Bréfritari: Þórunn Pálsdóttir
Viðtakandi: Páll Pálsson
Dagsetning: A-1831-01-08
Skrifað á: Kirkjubæ  N-Múl.
Páll var bróðir Þórunnar

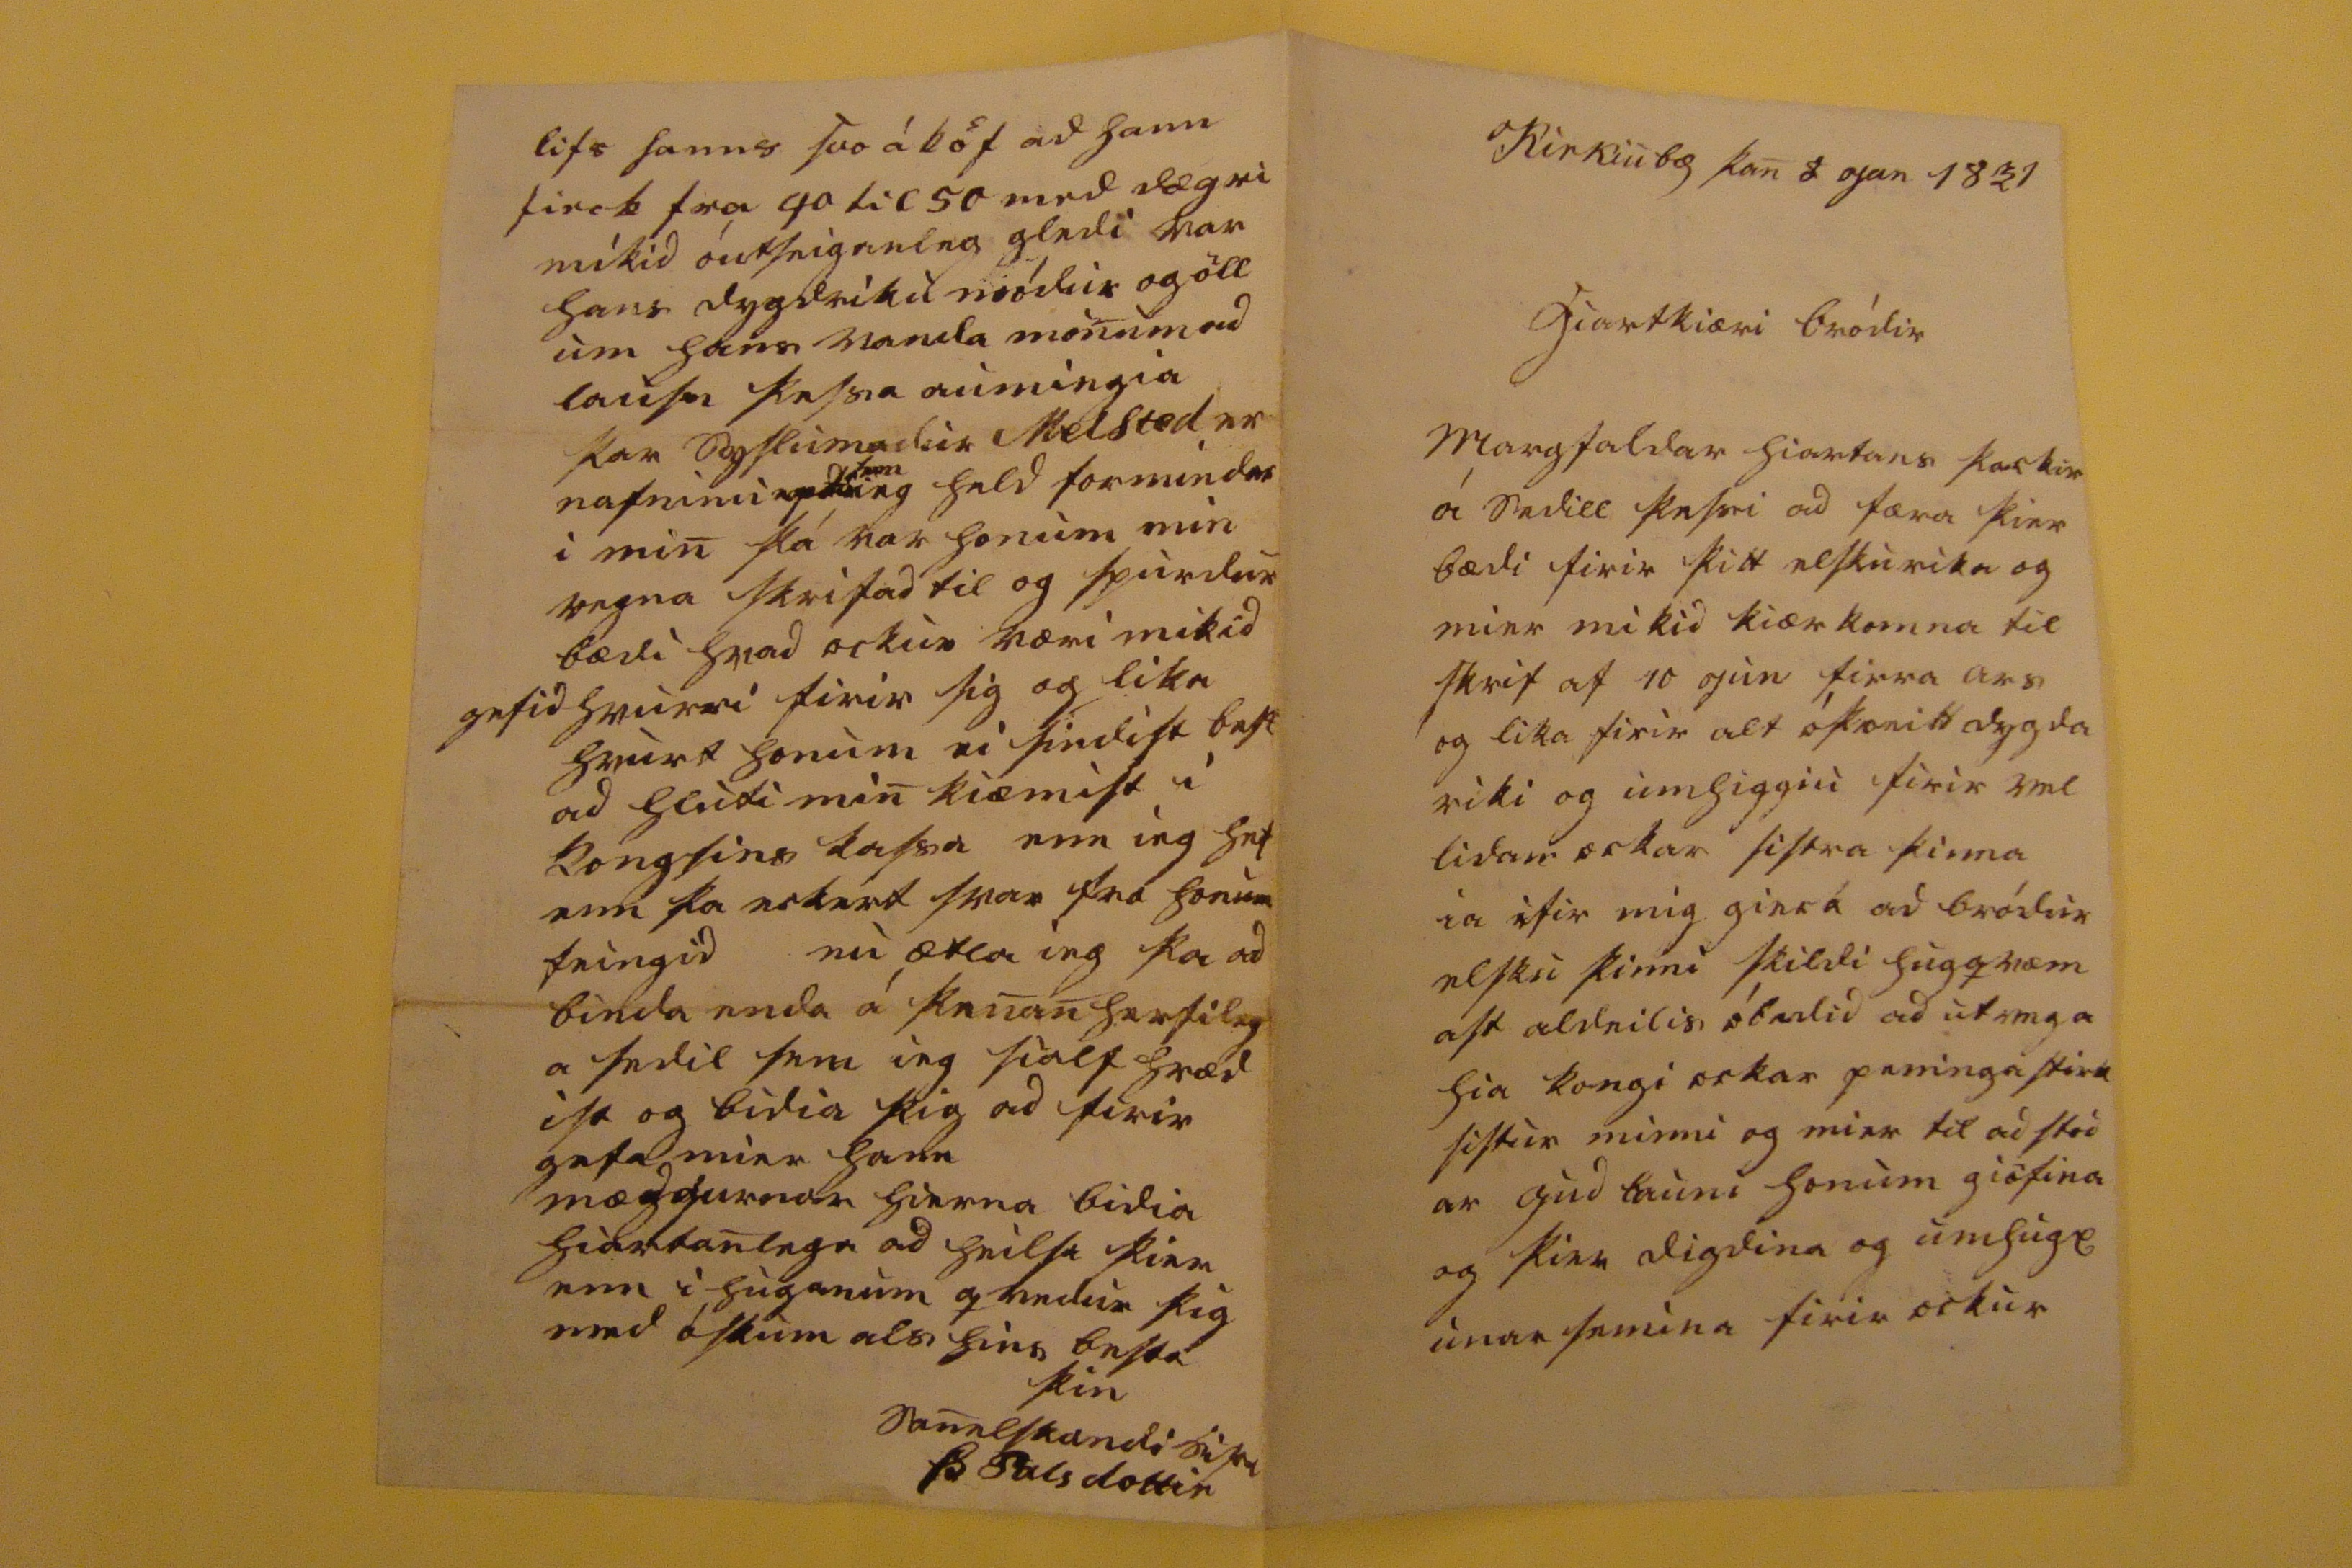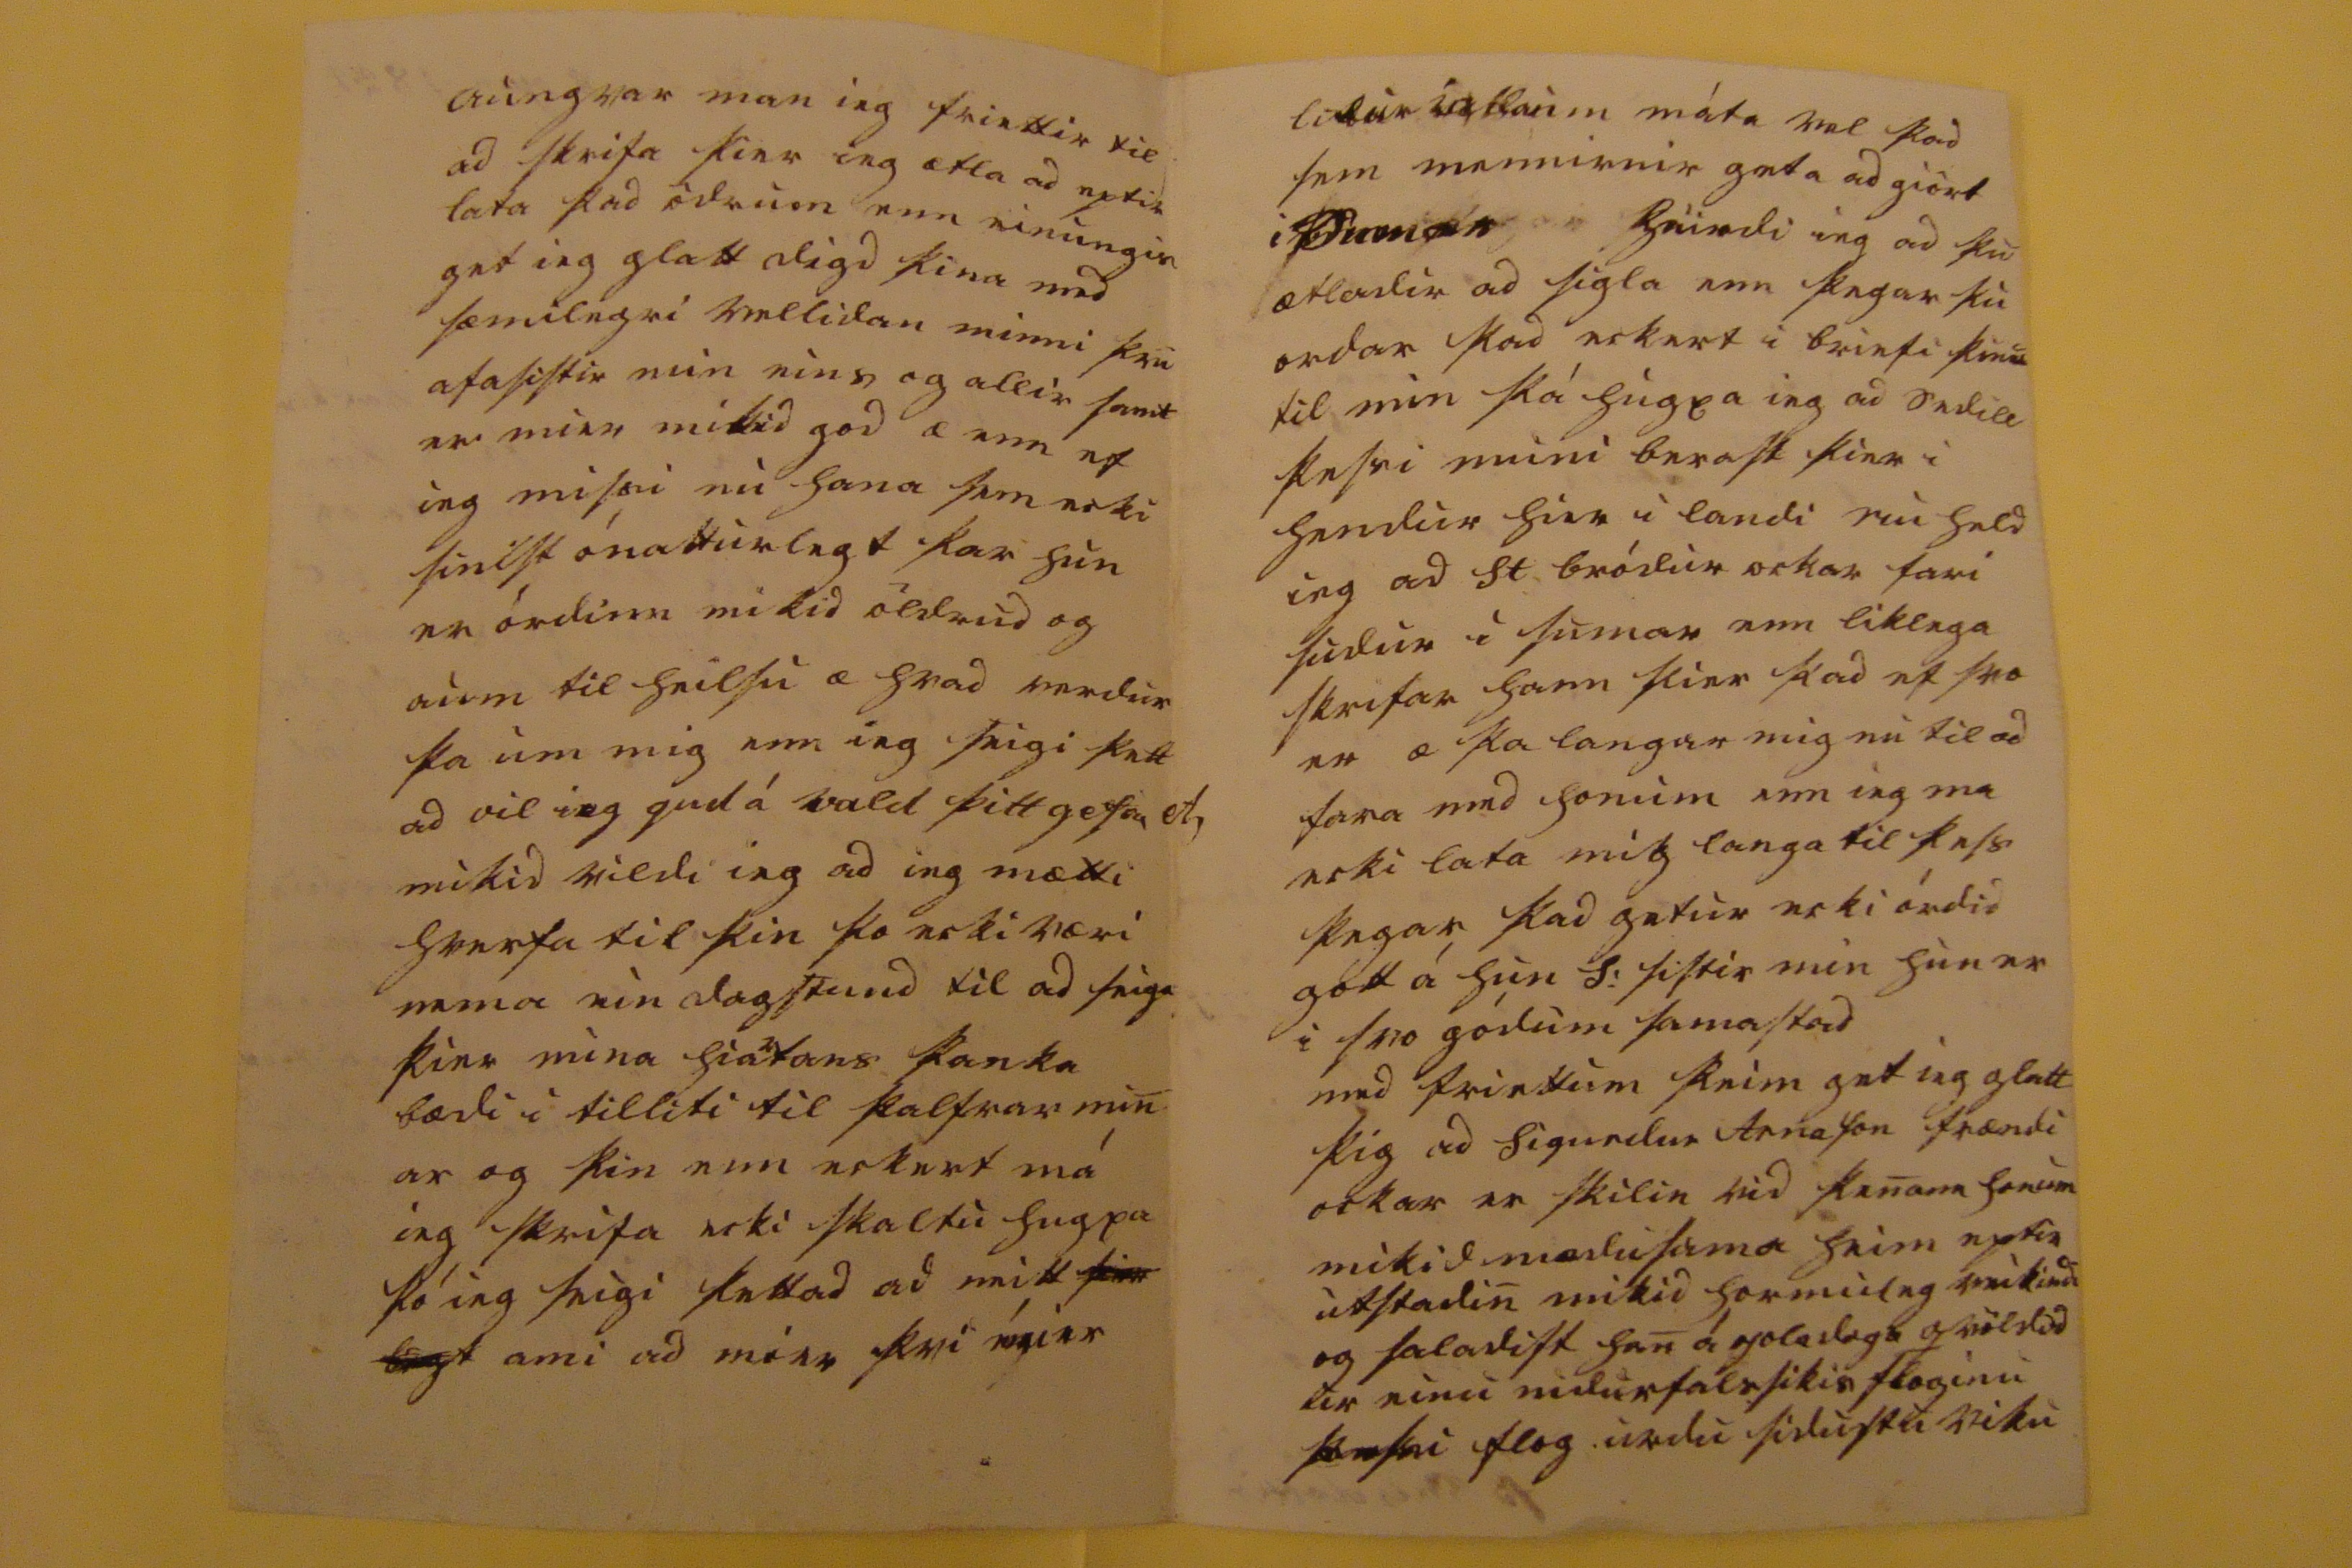

Kirkiubæ þan 8 jan 1831
hiartkiæri bródir
margfaldar hiartans þackir á sedill þess0i ad færa þier bædi firir þitt elskurika og mier mikid kiærkomna tie skrif af 10 jun firra ars og lika firir alt
ó000itt d0gda riki
og umhiggiu firir vel lidan ockar sistra þinna en ifir mig hier á ad brodir elsku þinni skildi hugqvæm ast aldeilis
óbedid ad utvega
hia kongi ockar peninga stóru sistur minni og mier til adstod ar gud launi sonum giöfina og þier digdina og umhugs unarsemina firir ockur
aungvar man ieg friettir til ad skrifa þier ieg ætla ad eptir lata þad ödrum enn einungis get ieg glatt digd þina med sæmilegri vellidan minni þvi afasistir min eins og allir samt er mier mikid god a enn ef ieg missi nu hana sem ecki fielst ónatturlegt þar hun er órdinn mikid öldrud og aum til heilsu æ hvad verdur þa um mig enn ieg seigi þettad vil ieg gud á vald þitt gefa ef, mikid vildi ieg ad ieg mætti hverfa til þin þo ecki væri nema ein dagstund til ad seiga þier mina hia
r
tans þanka bædi i tilliti til sialfrar min ar og þin enn eckert má ieg skrifa ecki skaltu hug
sa þo
ieg seigi þettad ad mitt
þier bagt
ami ad mier þvi
mier
lidur
00000inn
máta vel þad sem mennirnir geta ad giört
i 000000 heirdi
ieg ad þu ætladir ad sigla enn þegar þu ordar þad eckert i briefi þinu til min þa hugsa ieg ad sedill þessi muni berast þier i hendur hier i landi nu held ieg ad St brodir ockar fari sudur i sumar enn liklega skrifar hann þier þad ef svo er æ þa langar mig nu til ad fara med honum enn ieg ma ecki lata mig langa til þess þegar þad getur ecki órdid gott á hun S: sistir min hun er i svo gódum samastad med friettum þeim get ieg glatt þig ad Sigurdur Arnason frændi ockar er skilin vid kenara honum mikid mædusama heim eptir utstadin mikid hormuleg veikindi og saladist han a joladags qvöldid ur einu
eidurfalssikis floginu þessi flog
urdu sidustu viku
lifs hanns svo áköf ad hann fieck fra
fra li0 00 med 00gri mikid outseiganleg
var hans dygdriku módur og öll um hans vanda monum ad lausa þessa aumingia þar
syslumadur
Melsted er nafninu
eptir
sem
eg
held formindar i min þá var honum min vegna skrifad til og spurdur bædi hvad ockur væri mikid
gefid
hvurri firir sig og lika hvur honum ei findist best ad hluti min kiæmist i kongsins
kassa
enn ieg hef enn þa eckert svar fra honum feingid nu ætla ieg þa ad binda enda á þenan herfileg a sedil sem ieg sialf hræd ist og bidia þig ad firir gefa mier hann mædgurnar hierna bidia hiartanlega ad heilsa þier enn i huganum qvedur þig med oskum als hins besta
þin sannelskandi sistir
Þ Palsdottir